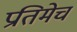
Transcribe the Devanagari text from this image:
प्रतिमेचं